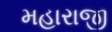
મહારાજી